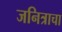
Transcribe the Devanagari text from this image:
जनित्राचा